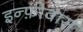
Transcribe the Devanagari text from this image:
इन्फ़ोवार्स